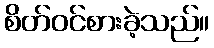
စိတ်ဝင်စားခဲ့သည်။